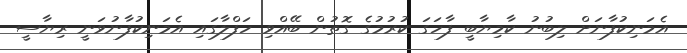
އެމަނިކުފާނަށް ލިބުނު ކާމިޔާބީ ފާހަގަ ކުރުމުގެ ގޮތުން ބޭއްވި ހަފްލާގައި އެމަނިކުފާނުވަނީ ރިޔާސީ